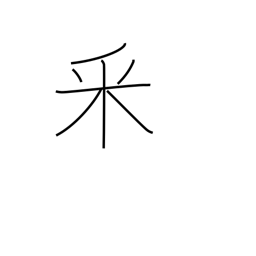
Meaning: topped rice radical (no. 165)